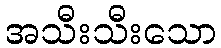
အသီးသီးသော